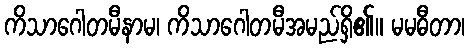
ကိသာဂေါတမီနာမ၊ ကိသာဂေါတမီအမည်ရှိ၏။ မမဓီတာ၊